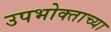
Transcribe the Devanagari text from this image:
उपभोक्ताच्या